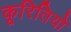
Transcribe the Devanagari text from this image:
कूरितियों